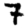
Digit: 7